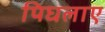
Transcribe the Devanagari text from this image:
पिघलाए